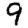
Digit: 9